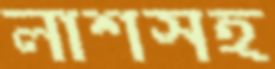
লাশসহ